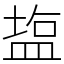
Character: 𥂁